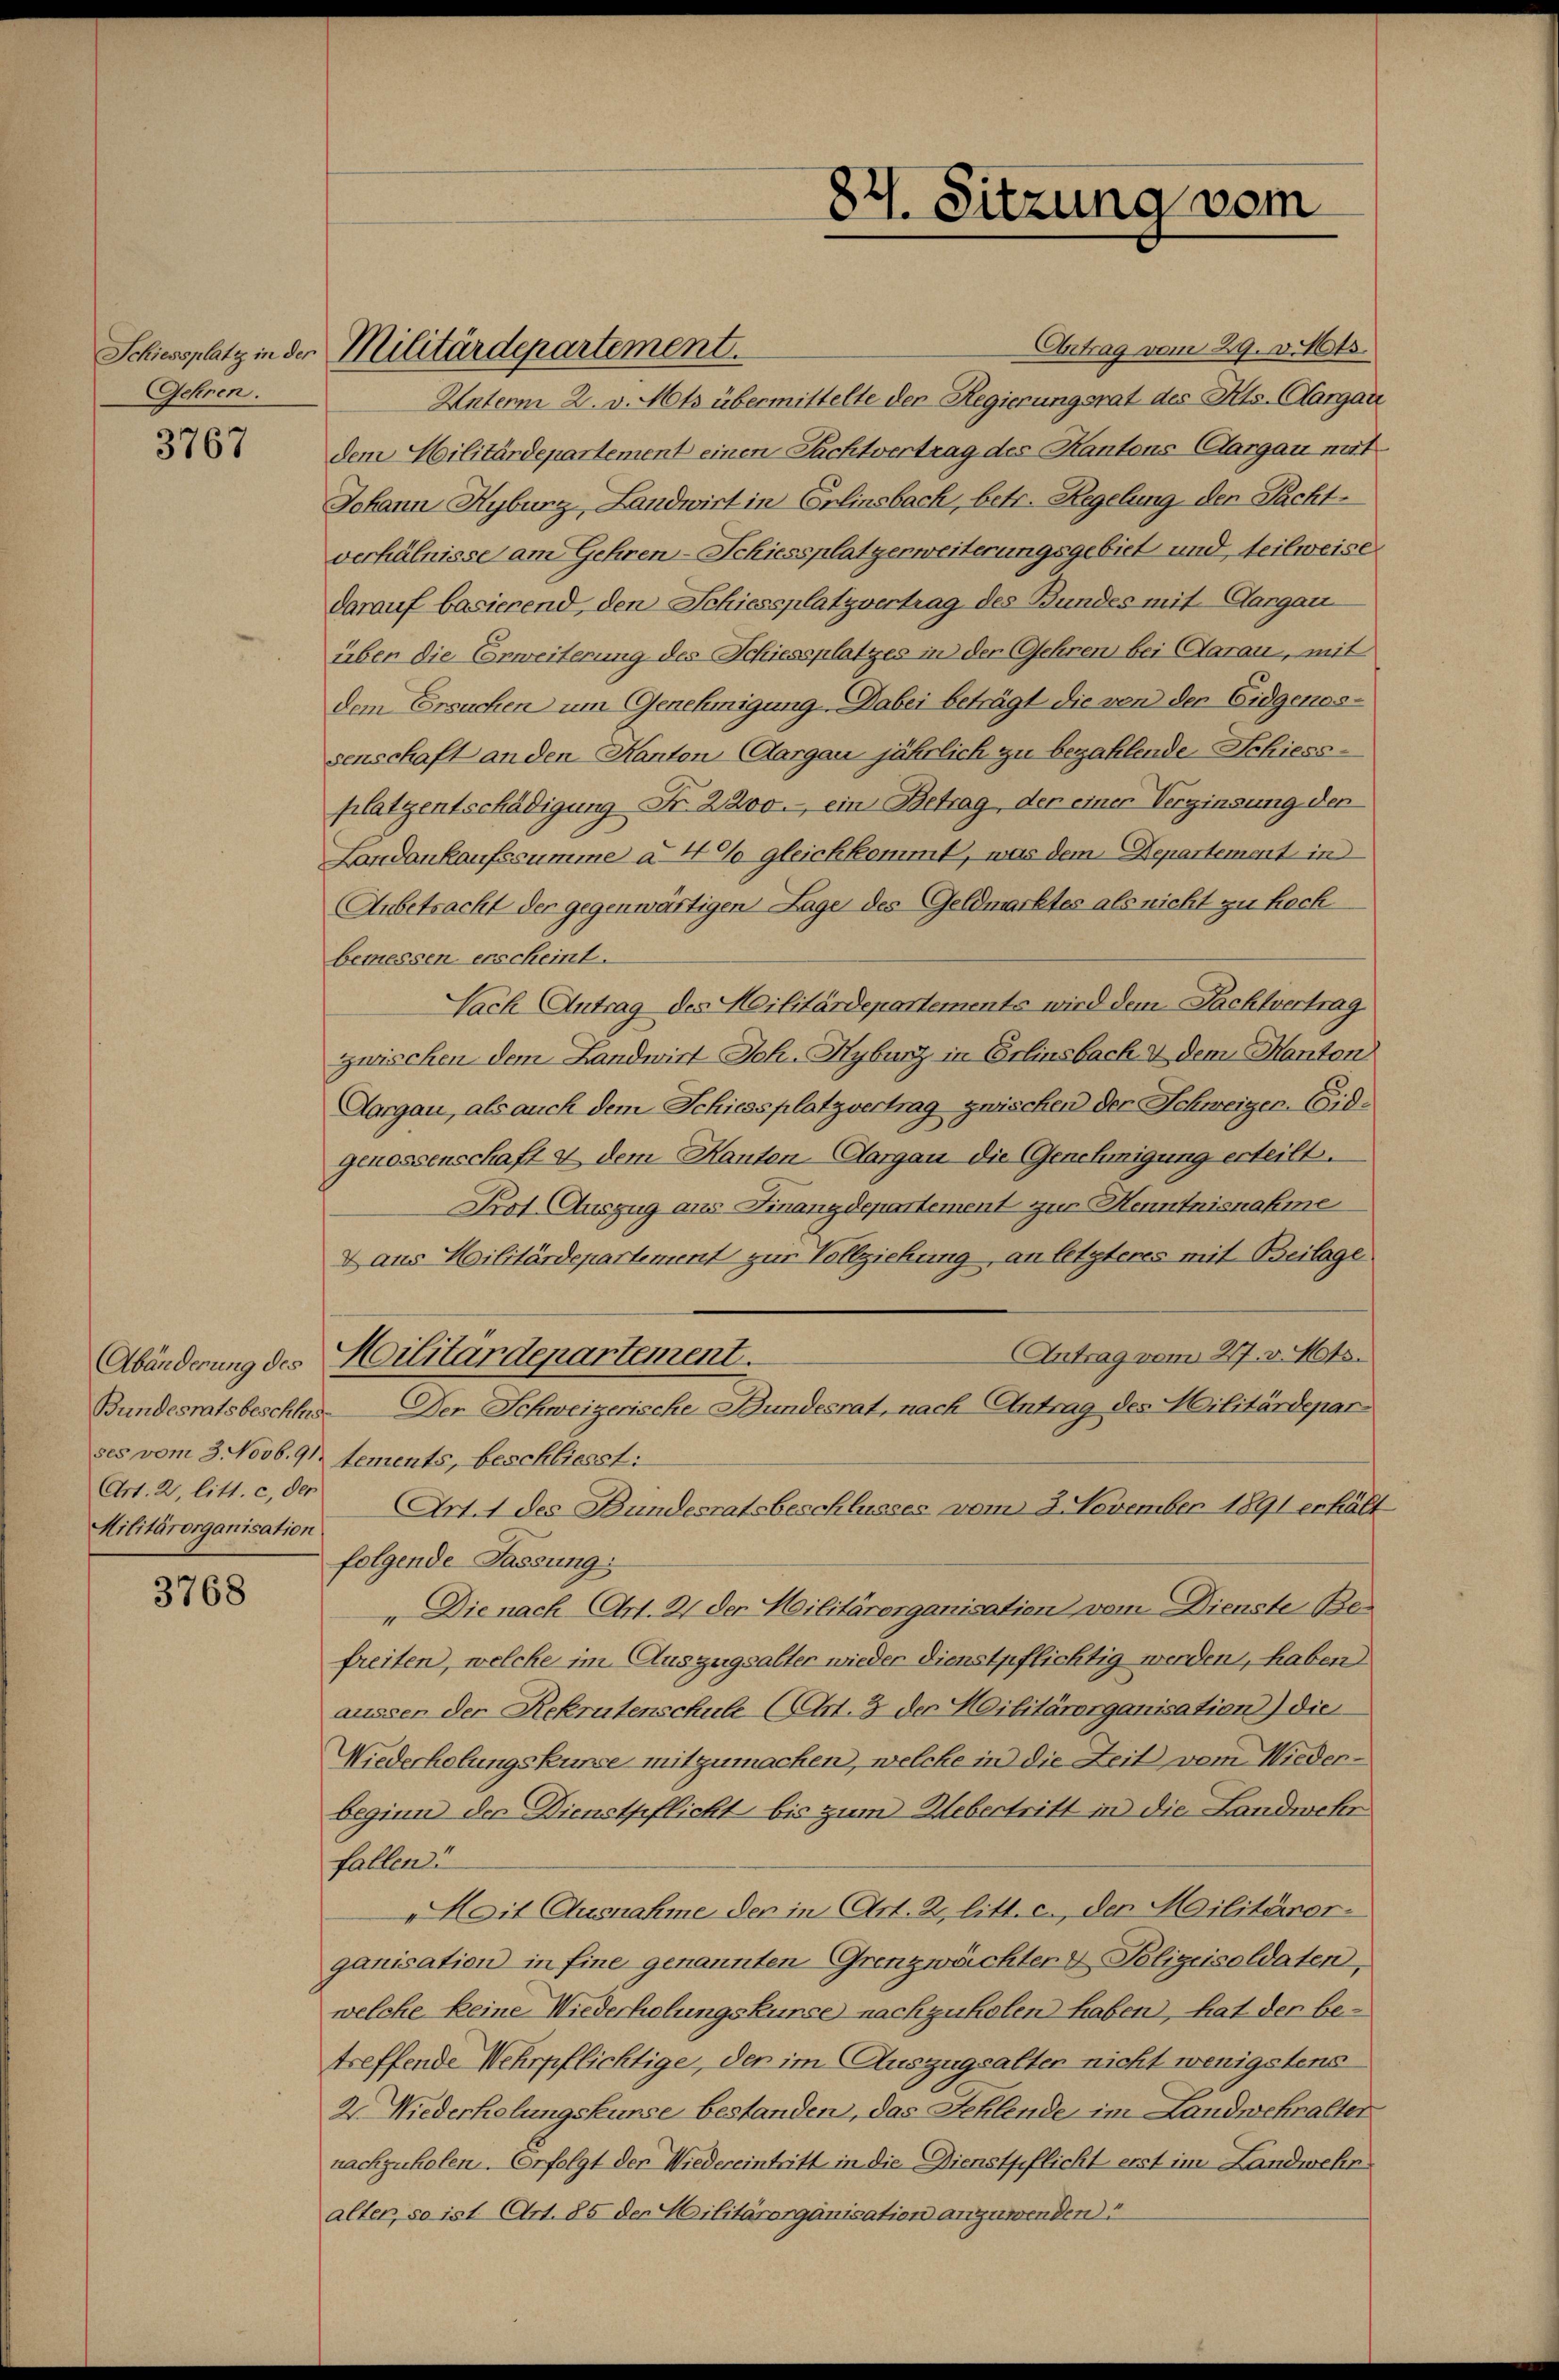
Gehren.

3767

Militärorganisation

3768

Antrag vom 29. v. Mts.
Unterm 2. v. Mts. übermittelte der Regierungsrat des Kts. Aargau
dem Militärdepartement einen Sachtvertrag des Kantons Aargau mit
Johann Hyburg, Landwirt in Erlinsbach, betr. Regelung der Sachtverhälnisse am Gehren-Schiessplatgerweiterungsgebiet und teilweise
darauf basierend, den Schiessplatzvertrag des Bundes mit Aargau
über die Erweiterung des Schiessplatzes in der Gehren bei Aarau, mit
dem Ersuchen um Genehmigung. Dabei beträgt die von der Eidgenossenschaft an den Kanton-Aargau jährlich zu bezahlende Schiess-
platzentschädigung Nr. 2200.- ein Betrag, der einer Verginsung der
Landankaufssumme à 4% gleichkommt, was dem Departement in
Anbetracht der gegenwärtigen Lage des Geldmarktes als nicht zu hoch
bemessen erscheint.
Nach Antrag des Heilitärdepartements wird dem Pachtvertrag
zwischen dem Landwirt Joh. Kyburg in Erlinsbach & dem Kanton
Aargau, als auch dem Schiessplatzvertrag zwischen der Schweizer. Eidgenossenschaft & dem Kanton-Aargau die Genehmigung erteilt.
Pot Auszug aus Finanzdepartement zur Henntnisnahme
Daus Militärdepartement zur Vollziehung an letzteres mit Beilage
Antrag vom 27. v. Mts.
Abänderung des Militärdepartement.
Bundesratsbeschlus. Der Schweizerische Bundesrat, nach Antrag des Militärdepar
ses vom 3. Novb. 91 tements, beschliesst:
Art. 2, litt. c, der Art. 1 des Bundesratsbeschlusses vom 2. November 1891 erhält
folgende Fassung:
„Die nach Art. 21 der Militärorganisation vom Dienste Befreiten, welche im Auszugsalter wieder dienstpflichtig werden, haben
ausser der Rekrutenschule (Art. 3 des Militärorganisation) die
Wiederholungskurse mitzumachen, welche in die Zeit vom Wiederbeginn der Dienstpflicht bis zum Uebertritt in die Landwehr
fallen.
Mit Ausnahme der in Art. 2, litt. c, der Militärorganisation in fine genannten Grenzwächter & Polizeisoldaten,
welche keine Wiederholungskurse nachzuholen haben, hat der betreffende Wehrpflichtige, den im Auszugsalten nicht wenigstens
2. Niederholungskurse bestanden, das Fehlende im Landwehralter
nachzuholen. Erfolgt der Wiedereintritt in die Dienstpflicht erst im Landwehn
alter, so ist. Art. 85 der Militärorganisation anzuwenden

Schiessplatz in der Militärdepartement.

87. Sitzung vom